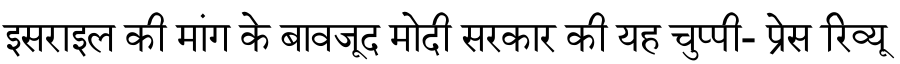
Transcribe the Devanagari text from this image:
इसराइल की मांग के बावजूद मोदी सरकार की यह चुप्पी- प्रेस रिव्यू